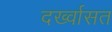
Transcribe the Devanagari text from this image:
दर्ख्वासत